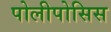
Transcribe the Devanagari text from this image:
पोलीपोसिस